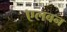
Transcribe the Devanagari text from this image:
एलबन